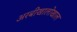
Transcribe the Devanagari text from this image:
अरबीखालोखाल